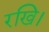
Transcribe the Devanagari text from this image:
रखि।